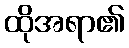
ထိုအရာ၏